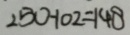
2 5 0 - 1 0 2 = 1 4 8